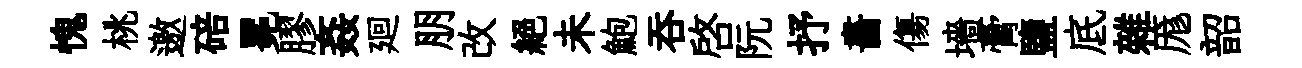
愧桃邀碚冕膠姦廻朋改絶未鮑呑啓阮抒畵傷墻膏鹽底雜厖韶